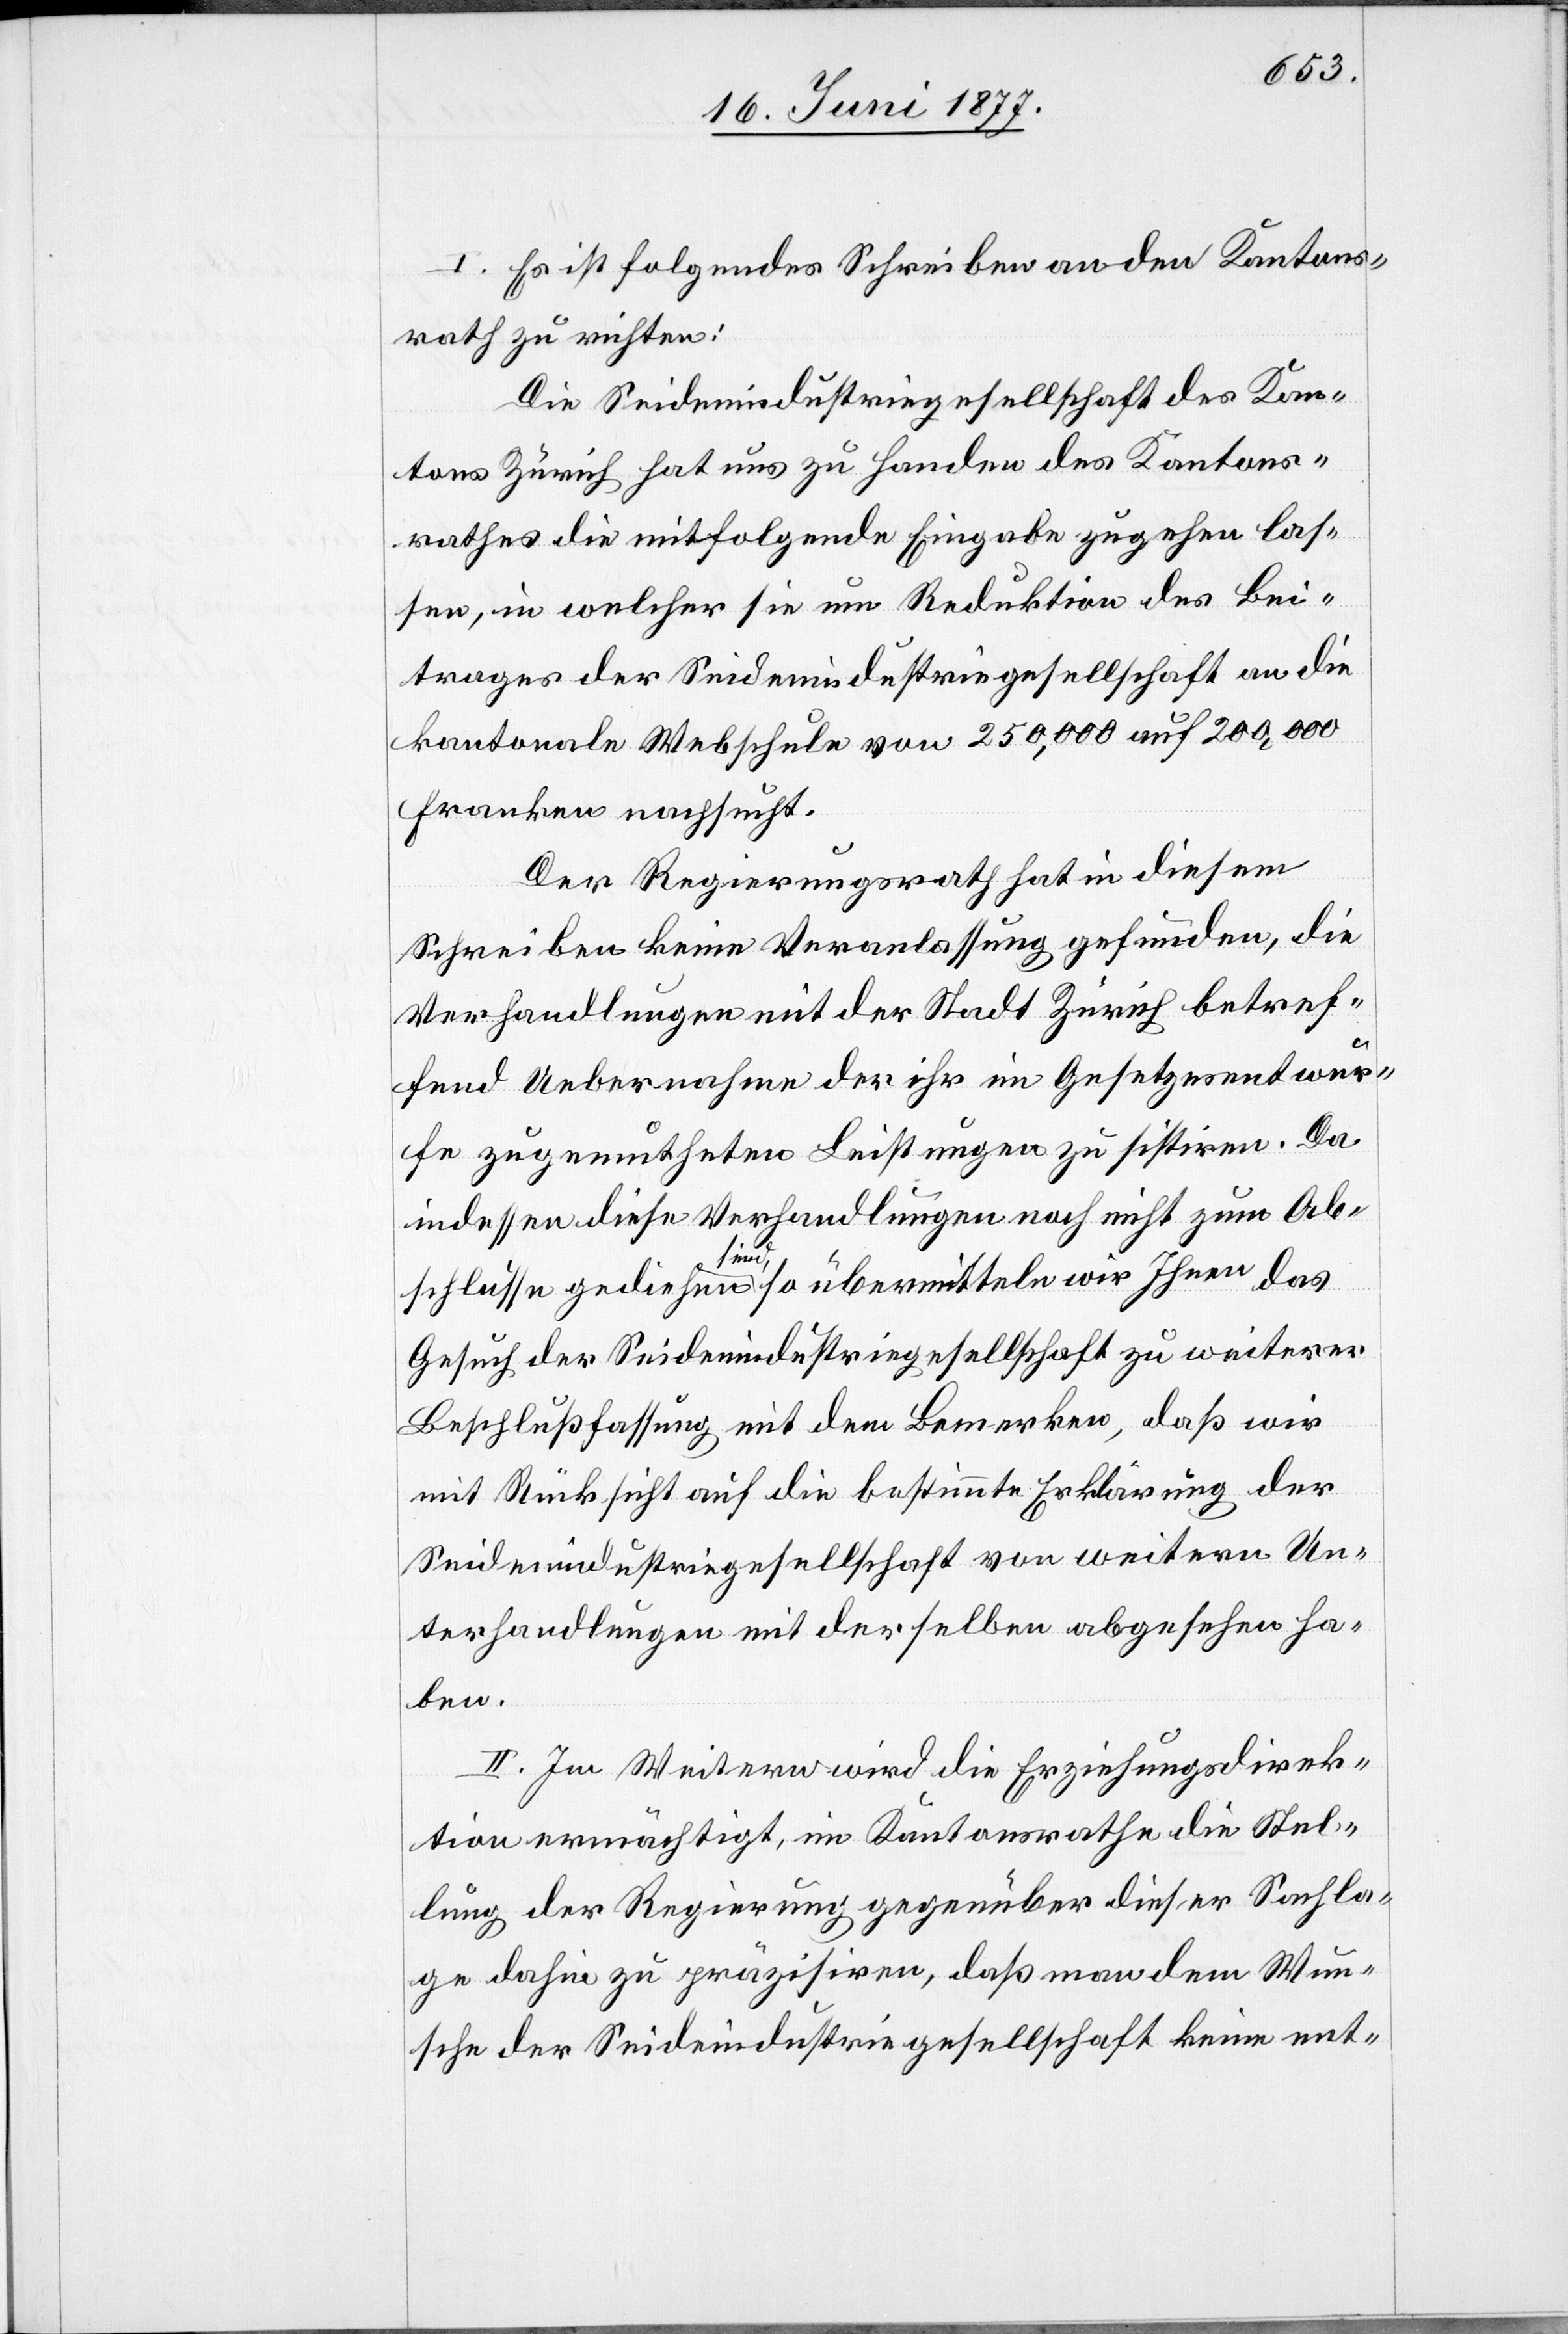
I. Es ist folgendes Schreiben an den Kantons¬
rath zu richten:
Die Seidenindustriegesellschaft des Kan¬
tons Zürich hat uns zu Handen des Kantons¬
rathes die mitfolgende Eingabe zugehen las¬
sen, in welcher sie um Reduktion des Bei¬
trages der Seidenindustriegesellschaft an die
kantonale Webschule [sic!] von 250,000 auf 200,000
Franken nachsucht.
Der Regierungsrath hat in diesem
Schreiben keine Veranlassung gefunden, die
Verhandlungen mit der Stadt Zürich betref¬
fend Uebernahme der ihr im Gesetzesentwur¬
fe zugemutheten Leistungen zu sistiren. Da
indessen diese Verhandlungen noch nicht zum Ab¬
schlusse gediehen sind, so übermitteln wir Ihnen das
Gesuch der Seidenindustriegesellschaft zu weiterer
Beschlussfassung mit dem Bemerken, daß wir
mit Rücksicht auf die bestimmte Erklärung der
Seidenindustriegesellschaft von weitern Un¬
terhandlungen mit derselben abgesehen ha¬
ben.
II. Im Weitern wird die Erziehungsdirek¬
tion ermächtigt, im Kantonsrathe die Stel¬
lung der Regierung gegenüber dieser Sachla¬
ge dahin zu präzisiren, daß man dem Wun¬
sch der Seidenindustriegesellschaft keine ent-